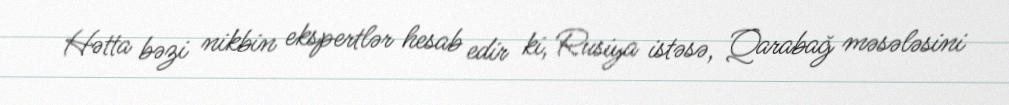
Hətta bəzi nikbin ekspertlər hesab edir ki, Rusiya istəsə, Qarabağ məsələsini